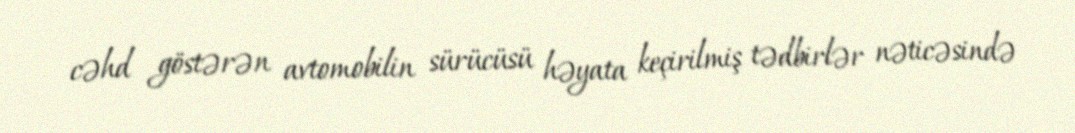
cəhd göstərən avtomobilin sürücüsü həyata keçirilmiş tədbirlər nəticəsində